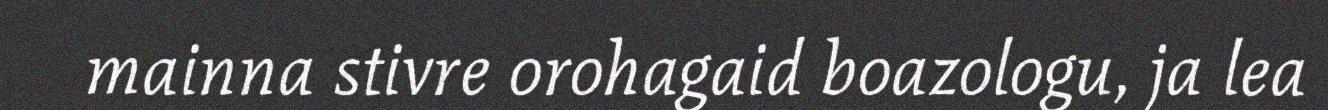
mainna stivre orohagaid boazologu, ja lea